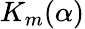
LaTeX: K_{m}(\alpha)